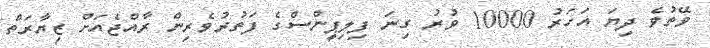
ވޭތުވެ ދިޔަ އަހަރު 10000 ވުރު ގިނަ ފިލިޕީންސްގެ ފަތުރުވެރިން ރާއްޖެއަށް ޒިޔާރަތް